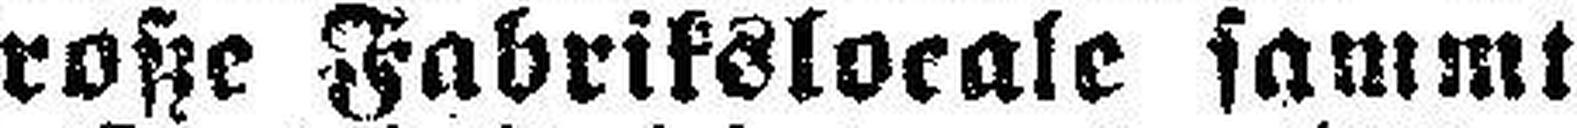
Große Fabrikslocale sammt